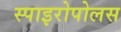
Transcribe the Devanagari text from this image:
स्पाइरोपोलस